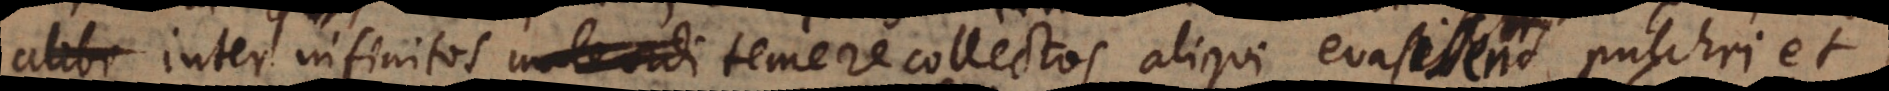
alibi inter infinitos male ordi temere collectos aliqui evasissent pulchri